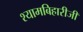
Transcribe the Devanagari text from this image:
श्यामबिहारीजी